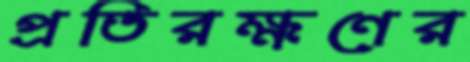
প্রতিরক্ষণের